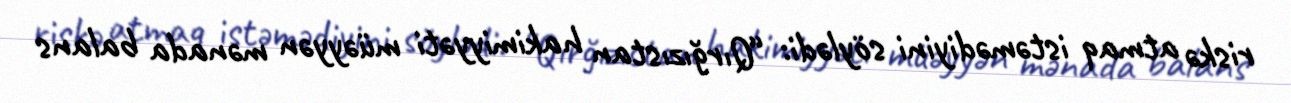
riskə atmaq istəmədiyini söylədi: “Qırğızıstan hakimiyyəti müəyyən mənada balans